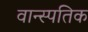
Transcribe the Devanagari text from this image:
वान्स्पतिक